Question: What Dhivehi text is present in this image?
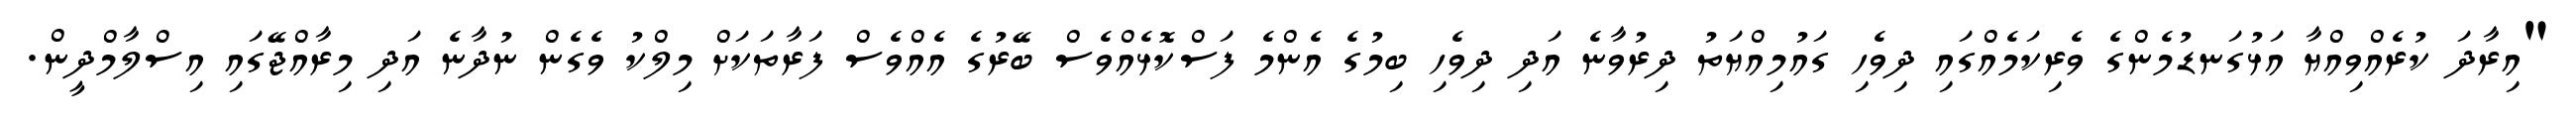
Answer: "އިރާދަ ކުރެއްވިއްޔާ އަޅުގަނޑުމެންގެ ވެރިކަމެއްގައި ދިވެހި ގައުމިއްޔަތު ދިރުވާނެ އަދި ދިވެހި ބިމުގެ އެންމެ ފަސްކޮޅެއްވެސް ބޭރުގެ އެއްވެސް ފަރާތަކަށް މިލްކު ވެގެން ނުދާނެ އަދި މިރާއްޖޭގައި އިސްލާމްދީން.